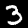
Digit: 3